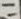
Text: 11